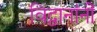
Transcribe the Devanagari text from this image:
विद्वानांनीं